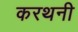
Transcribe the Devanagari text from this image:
करथनी